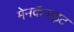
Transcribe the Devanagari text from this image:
मेनकॅनाइट